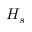
H _ { s }